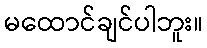
မထောင်ချင်ပါဘူး။